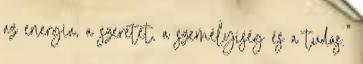
az energia, a szeretet, a személyiség és a tudás.”